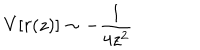
V [ r ( z ) ] \sim - \frac { 1 } { 4 z ^ { 2 } }